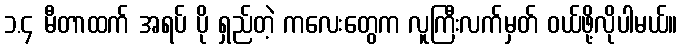
၁.၄ မီတာထက် အရပ် ပို ရှည်တဲ့ ကလေးတွေက လူကြီးလက်မှတ် ဝယ်ဖို့လိုပါမယ်။